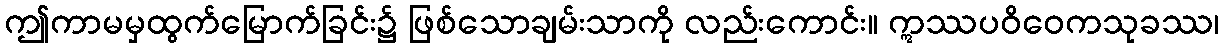
ဤကာမမှထွက်မြောက်ခြင်း၌ ဖြစ်သောချမ်းသာကို လည်းကောင်း။ ဣဿပဝိဝေကသုခဿ၊